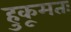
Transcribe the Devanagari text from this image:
हुकूमतः